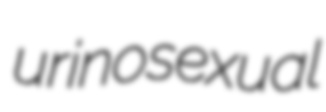
urinosexual